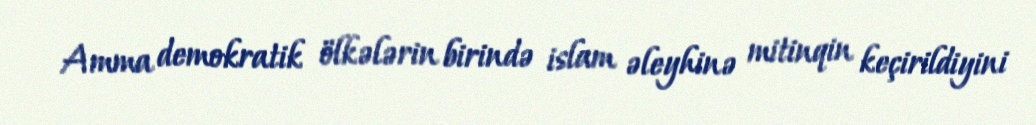
Amma demokratik ölkələrin birində islam əleyhinə mitinqin keçirildiyini